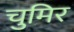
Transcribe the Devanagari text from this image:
चुमिर